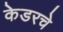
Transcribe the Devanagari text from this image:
केडरचे